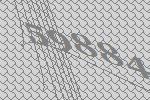
59884